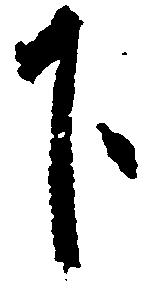
下